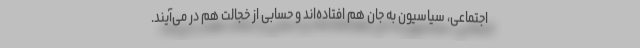
اجتماعی، سیاسیون به جان هم افتاده‌اند و حسابی از خجالت هم در می‌آیند.